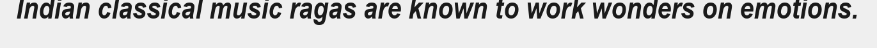
Indian classical music ragas are known to work wonders on emotions.